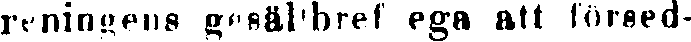
reningens gesällbref ega att försed-